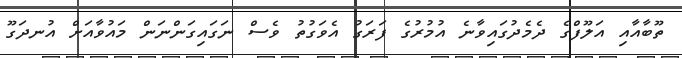
ތޫބާއާއި އަލޫފްގެ ދެމެދުގައިވާނެ އުމުރުގެ ފަރަގު އެވަގުތު ވެސް ނަގައިގަންނަން މައުވާއަށް އުނދަގޫ